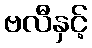
ဗလီနှင့်